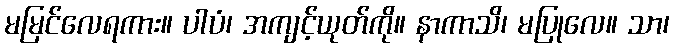
မမြင်လေရကား။ ပါပံ၊ အကျင့်ယုတ်ကို။ နာကာသိ၊ မပြုလေ။ သာ၊